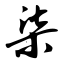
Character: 柒